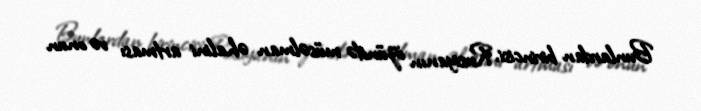
Bunlardan birincisi, Rusiyanın özündə müsəlman əhalini artması və onun